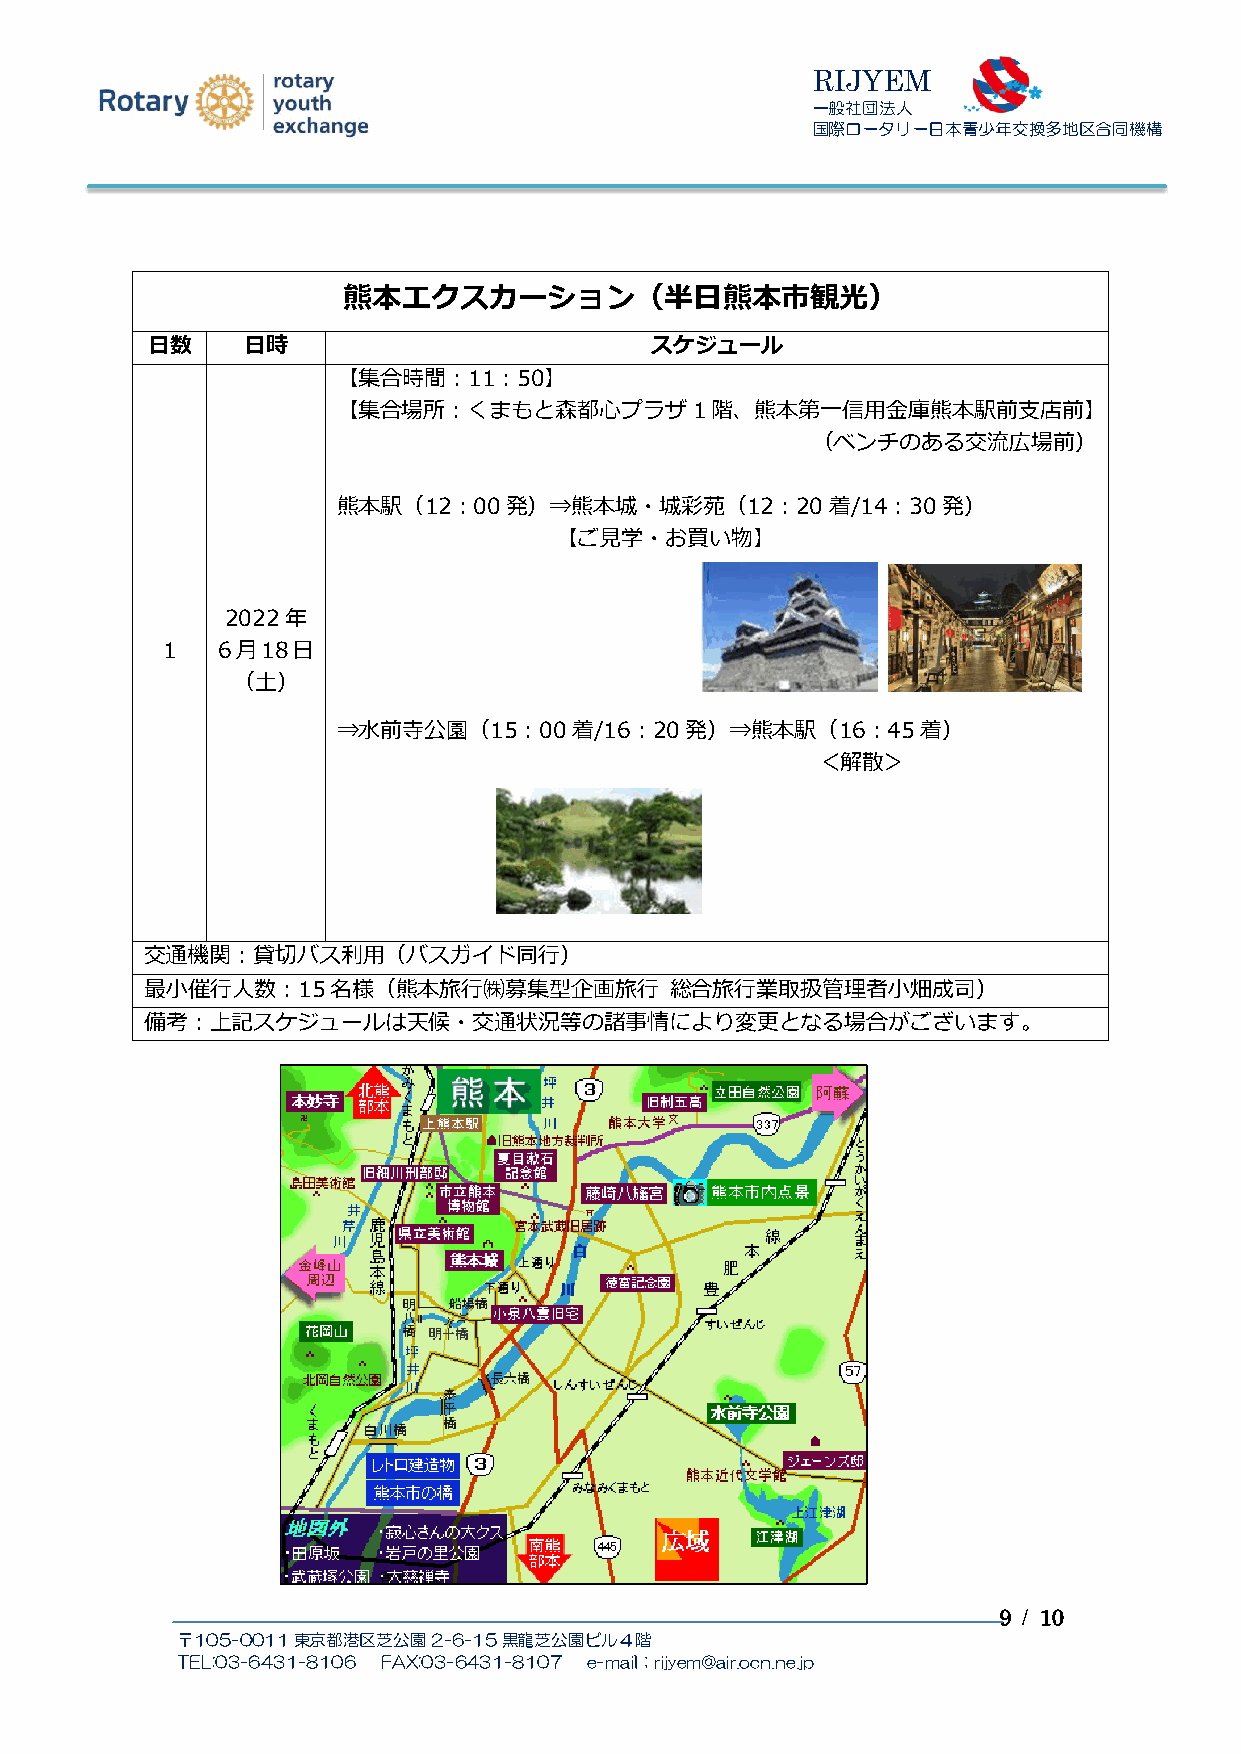
RI JY EM
 一般社団法人
 国際ロータリー日本青少年交換多地区合同機構
 熊本エクスカーション（半日熊本市観光）
 日数    日時                         スケジュール
 【集合時間：11：50】
 【集合場所：くまもと森都心プラザ1階、熊本第一信用金庫熊本駅前支店前】
 （ベンチのある交流広場前）
 熊本駅（12：00発）⇒熊本城・城彩苑（12：20着/14：30発）
 【ご見学・お買い物】
 2022年
 1  6月18日
 （土）
 ⇒水前寺公園（15：00着/16：20発）⇒熊本駅（16：45着）
 ＜解散＞
 交通機関：貸切バス利用（バスガイド同行）
 最小催行人数：15名様（熊本旅行㈱募集型企画旅行          総合旅行業取扱管理者小畑成司）
 備考：上記スケジュールは天候・交通状況等の諸事情により変更となる場合がございます。
 9 / 10
 〒105-0011東京都港区芝公園2-6-15黒龍芝公園ビル４階
 TEL:03-6431-8106 FAX:03-6431-8107 e-mail；rijyem@air.ocn.ne.jp